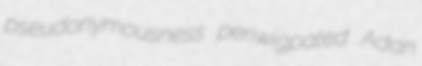
pseudonymousness periwigpated Adan